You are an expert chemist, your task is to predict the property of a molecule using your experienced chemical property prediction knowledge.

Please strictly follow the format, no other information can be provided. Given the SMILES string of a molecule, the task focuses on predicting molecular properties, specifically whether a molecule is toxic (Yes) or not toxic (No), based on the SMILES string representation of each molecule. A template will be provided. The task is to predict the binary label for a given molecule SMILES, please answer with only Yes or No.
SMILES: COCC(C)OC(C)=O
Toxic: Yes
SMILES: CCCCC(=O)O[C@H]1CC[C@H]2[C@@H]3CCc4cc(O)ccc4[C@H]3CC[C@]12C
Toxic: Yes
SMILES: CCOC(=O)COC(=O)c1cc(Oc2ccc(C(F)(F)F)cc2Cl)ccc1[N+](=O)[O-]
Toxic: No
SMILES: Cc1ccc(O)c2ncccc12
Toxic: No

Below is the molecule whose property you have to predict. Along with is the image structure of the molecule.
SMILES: O=C(O)c1cc(-c2ccc(F)cc2F)ccc1O
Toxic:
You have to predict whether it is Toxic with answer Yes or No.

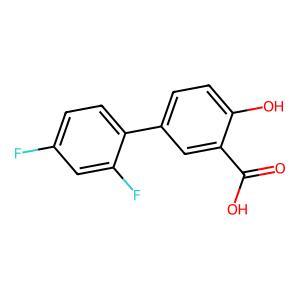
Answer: No